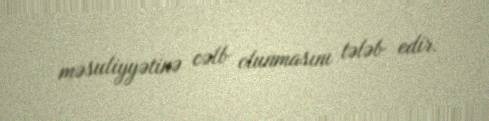
məsuliyyətinə cəlb olunmasını tələb edir.